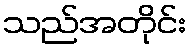
သည်အတိုင်း